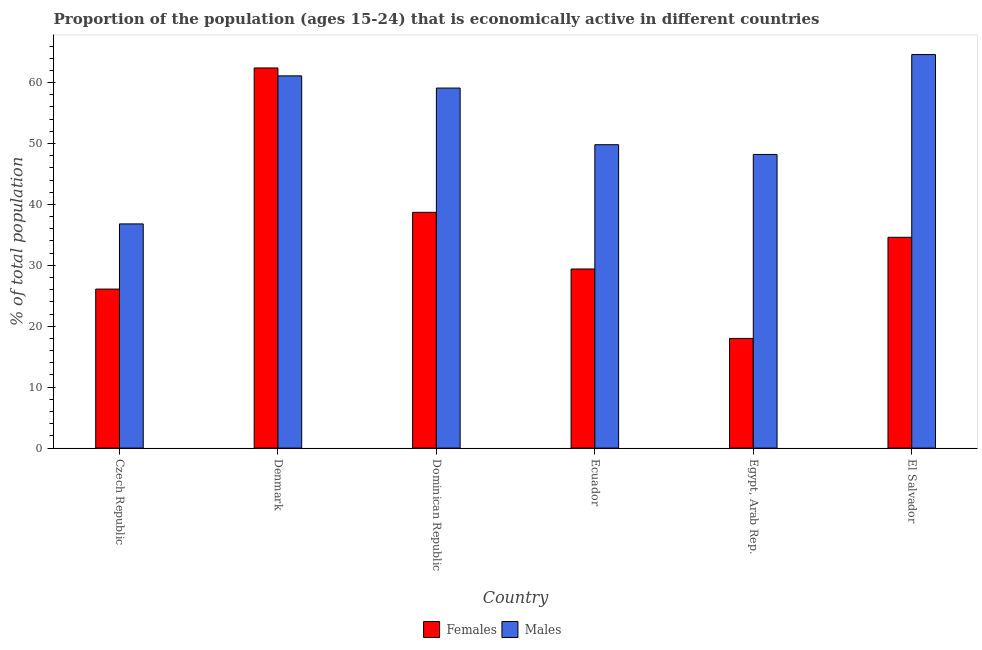
| Country | Females | Males |
 | --- | --- | --- |
 | Czech Republic | 26.1 | 36.8 |
 | Denmark | 62.4 | 61.1 |
 | Dominican Republic | 38.7 | 59.1 |
 | Ecuador | 29.4 | 49.8 |
 | Egypt, Arab Rep. | 18 | 48.2 |
 | El Salvador | 34.6 | 64.6 |